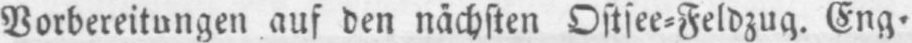
Vorbereitungen auf den nächsten Ostsee⸗Feldzug. Eng⸗